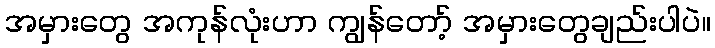
အမှားတွေ အကုန်လုံးဟာ ကျွန်တော့် အမှားတွေချည်းပါပဲ။